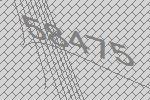
58475